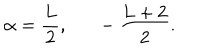
LaTeX: \alpha = { \frac { L } { 2 } } , - { \frac { L + 2 } { 2 } } .